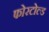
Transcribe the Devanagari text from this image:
फोरटोल्‍ड